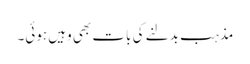
مذہب بدلنے کی بات بھی وہیں ہوئی۔